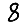
Digit: 8